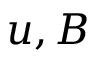
u , B